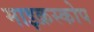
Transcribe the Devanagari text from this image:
माइक्रस्कोप